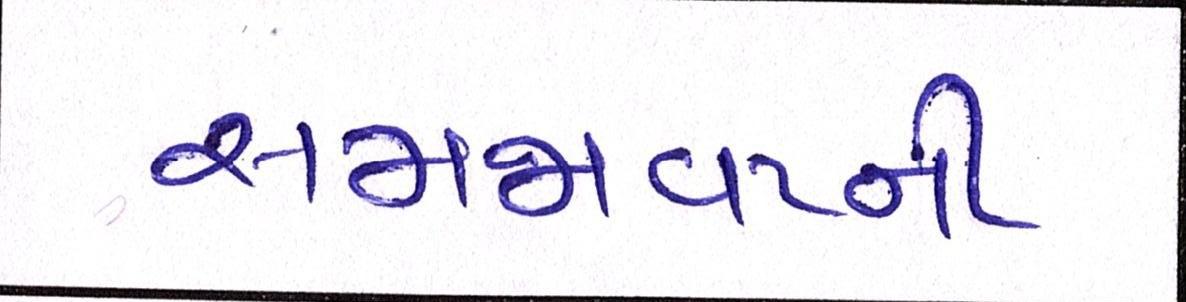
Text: સમજાવટની